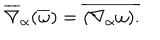
\overline { { { \nabla } } } _ { \alpha } ( \overline { { { \omega } } } ) = \overline { { { ( \nabla _ { \alpha } \omega ) . } } }